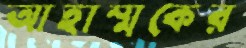
আহাম্মকের